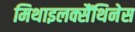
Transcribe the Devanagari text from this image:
मिथाइलक्सैंथिनेस